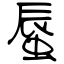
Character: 蜃